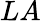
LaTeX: LA